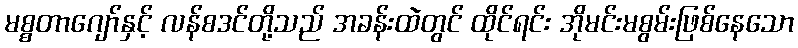
မစ္စတာဂျော်နှင့် လန်စဒင်တို့သည် အခန်းထဲတွင် ထိုင်ရင်း အိုမင်းမစွမ်းဖြစ်နေသော